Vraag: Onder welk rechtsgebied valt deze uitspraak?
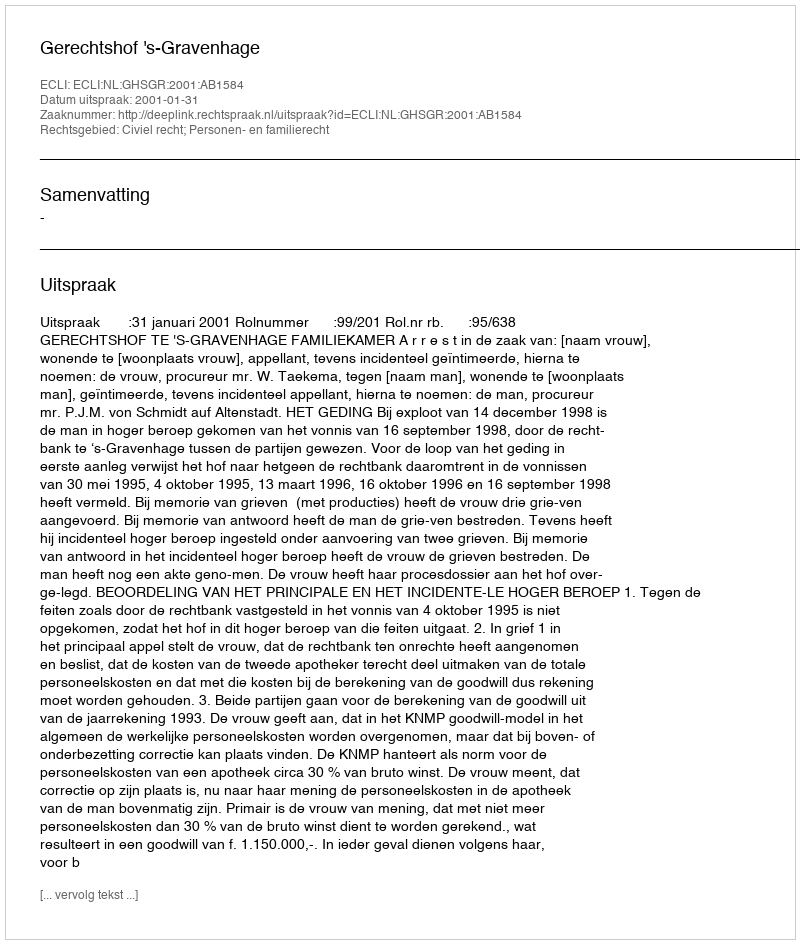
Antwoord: Civiel recht; Personen- en familierecht